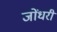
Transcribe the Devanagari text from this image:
जोंधरी